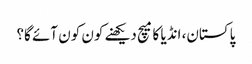
پاکستان، انڈیا کا میچ دیکھنے کون کون آئے گا؟